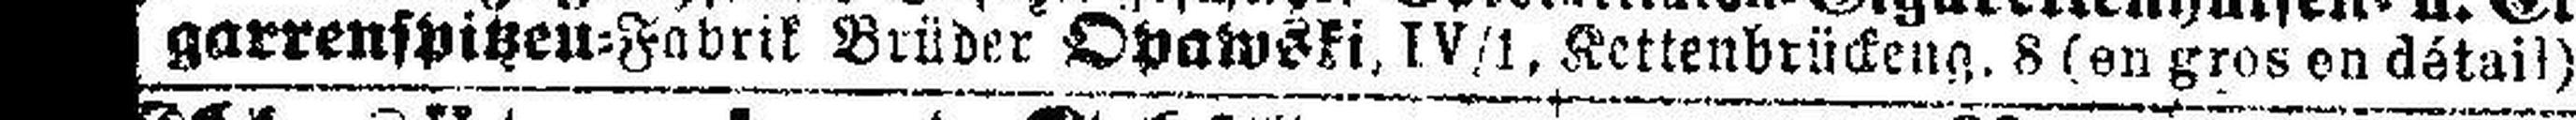
garrenspitzen=Fabrik Brüder Opawski. IV/1, Kettenbrückeng. 8 (en gros en détail)